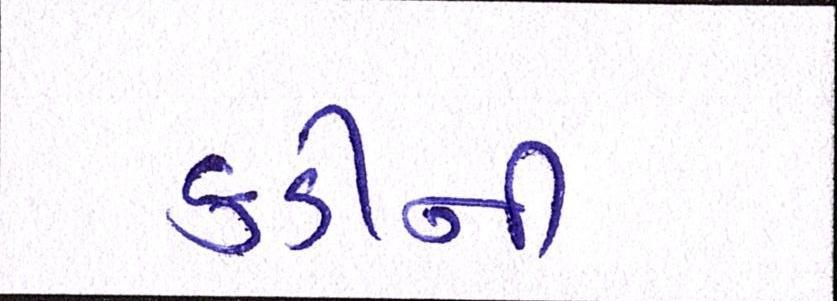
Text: કડીની